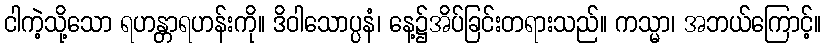
ငါကဲ့သို့သော ရဟန္တာရဟန်းကို။ ဒိဝါသောပ္ပနံ၊ နေ့၌အိပ်ခြင်းတရားသည်။ ကသ္မာ၊ အဘယ်ကြောင့်။